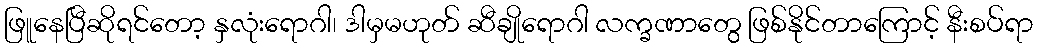
ဖြူနေပြီဆိုရင်တော့ နှလုံးရောဂါ၊ ဒါမှမဟုတ် ဆီချိုရောဂါ လက္ခဏာတွေ ဖြစ်နိုင်တာကြောင့် နီးစပ်ရာ